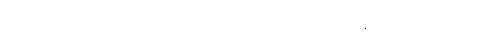
ထိုပညာရပ်၏ အခြေခံ အချက်အလက်များကို ဩစတြီးယန်း ခရစ်ယာန်ဘုန်းကြီး တစ်ပါးဖြစ်သော